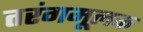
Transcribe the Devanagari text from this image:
तरंगमूलक